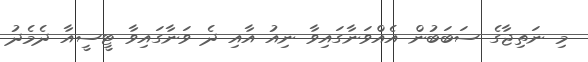
މި ނަތިޖާގެ ސަބަބުން އެއްވަނާގައިވާ ނިއު އާއި ދެ ވަނާގައިވާ ޓީސީއާ ދެމެދު